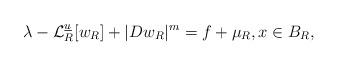
LaTeX: \begin{align*} \lambda-\mathcal{L}_R^{\underline{u}}[w_R]+|Dw_R|^m=f+ \mu_R, x\in B_R, \end{align*}